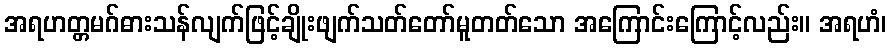
အရဟတ္တမဂ်ဓားသန်လျက်ဖြင့်ချိုးဖျက်သတ်တော်မူတတ်သော အကြောင်းကြောင့်လည်း။ အရဟံ၊